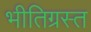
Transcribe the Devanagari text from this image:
भीतिग्रस्त